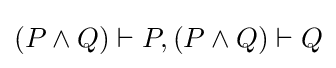
(P\land Q)\vdash P,(P\land Q)\vdash Q